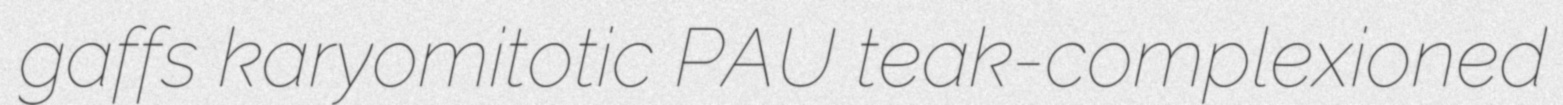
gaffs karyomitotic PAU teak-complexioned